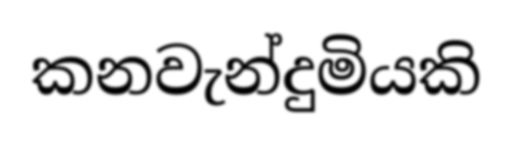
කනවැන්දුමියකි